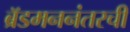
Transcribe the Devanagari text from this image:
ब्रॅडमननंतरची